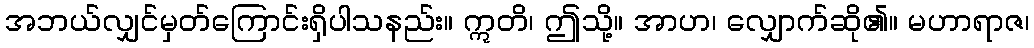
အဘယ်လျှင်မှတ်ကြောင်းရှိပါသနည်း။ ဣတိ၊ ဤသို့။ အာဟ၊ လျှောက်ဆို၏။ မဟာရာဇ၊